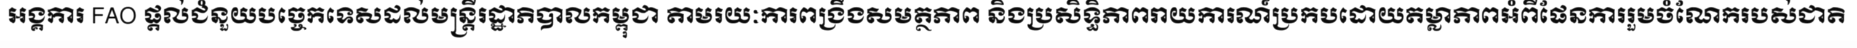
អង្គការ FAO ផ្តល់ជំនួយបច្ចេកទេសដល់មន្ត្រីរដ្ឋាភិបាលកម្ពុជា តាមរយៈការពង្រឹងសមត្ថភាព និងប្រសិទ្ធិភាពរាយការណ៍ប្រកបដោយតម្លាភាពអំពីផែនការរួមចំណែករបស់ជាតិ